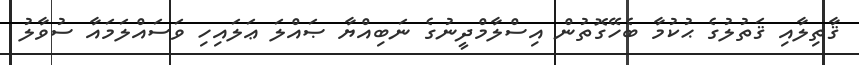
ޤާތިލާއި ޤަތުލުގެ ޙުކުމާ ބެހޭގޮތުން އިސްލާމްދީނުގެ ނަބިއްޔާ ޞައްލަ ޢަލައިހި ވަސައްލަމައާ ސުވާލު